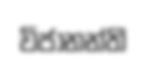
විජානන්ති